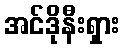
အင်ဒိုနီးရှား